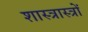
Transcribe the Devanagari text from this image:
शास्त्रास्त्रों